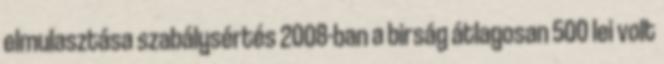
elmulasztása szabálysértés 2008-ban a birság átlagosan 500 lei volt